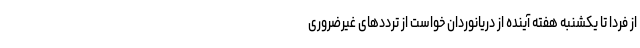
از فردا تا یکشنبه هفته آینده از دریانوردان خواست از ترددهای غیرضروری